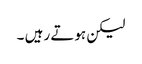
لیکن ہوتے رہیں ۔